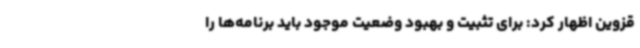
قزوین اظهار کرد: برای تثبیت و بهبود وضعیت موجود باید برنامه‌ها را